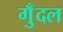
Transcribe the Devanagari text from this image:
गुँदल